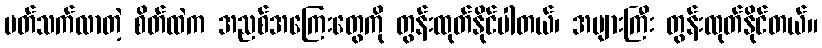
ပတ်သက်လာတဲ့ စိတ်ထဲက အညစ်အကြေးတွေကို တွန်းထုတ်နိုင်ပါတယ်၊ အများကြီး တွန်းထုတ်နိုင်တယ်။